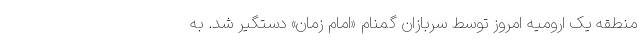
منطقه یک ارومیه امروز توسط سربازان گمنام «امام زمان» دستگیر شد. به